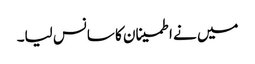
میں نے اطمینان کا سانس لیا۔